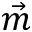
\vec { m }